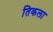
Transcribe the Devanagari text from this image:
तिकला